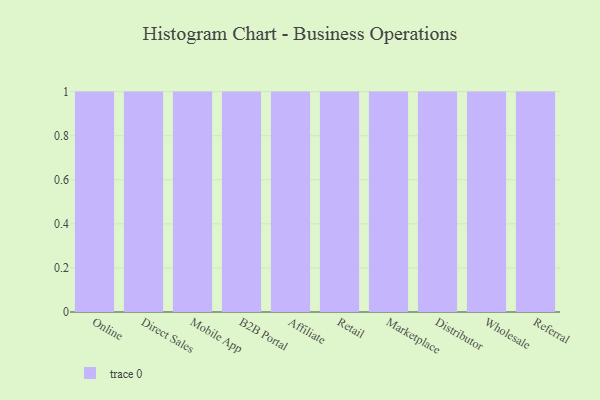
{"axis": {"x": "Channel", "y": "Shipments"}, "legend": [""], "data": [{"x": "Online", "y": 72, "type": ""}, {"x": "Direct Sales", "y": 81, "type": ""}, {"x": "Mobile App", "y": 6, "type": ""}, {"x": "B2B Portal", "y": 40, "type": ""}, {"x": "Affiliate", "y": 87, "type": ""}, {"x": "Retail", "y": 25, "type": ""}, {"x": "Marketplace", "y": 51, "type": ""}, {"x": "Distributor", "y": 66, "type": ""}, {"x": "Wholesale", "y": 23, "type": ""}, {"x": "Referral", "y": 27, "type": ""}]}